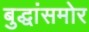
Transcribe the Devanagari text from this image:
बुद्धांसमोर